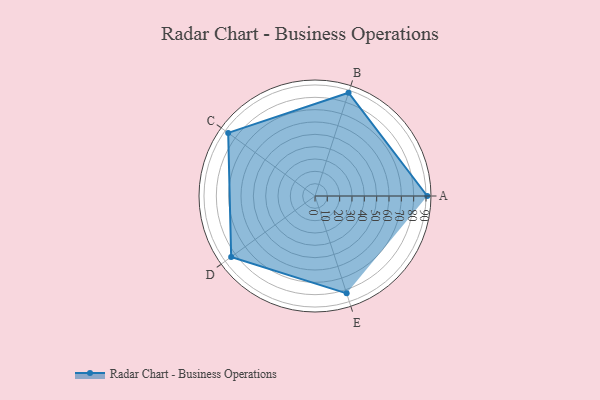
{"axis": {"x": "Skill", "y": "Score"}, "legend": ["Profile"], "data": [{"x": "A", "y": 91.0, "type": "Profile"}, {"x": "B", "y": 88.0, "type": "Profile"}, {"x": "C", "y": 87.0, "type": "Profile"}, {"x": "D", "y": 84.0, "type": "Profile"}, {"x": "E", "y": 83.0, "type": "Profile"}]}